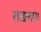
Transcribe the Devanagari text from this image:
राखणारा